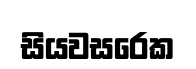
සියවසරෙක